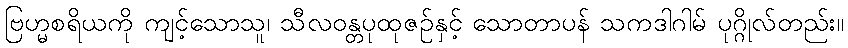
ဗြဟ္မစရိယကို ကျင့်သောသူ၊ သီလဝန္တပုထုဇဉ်နှင့် သောတာပန် သကဒါဂါမ် ပုဂ္ဂိုလ်တည်း။